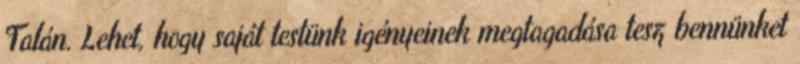
Talán. Lehet, hogy saját testünk igényeinek megtagadása tesz bennünket